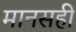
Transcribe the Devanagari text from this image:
मानसही